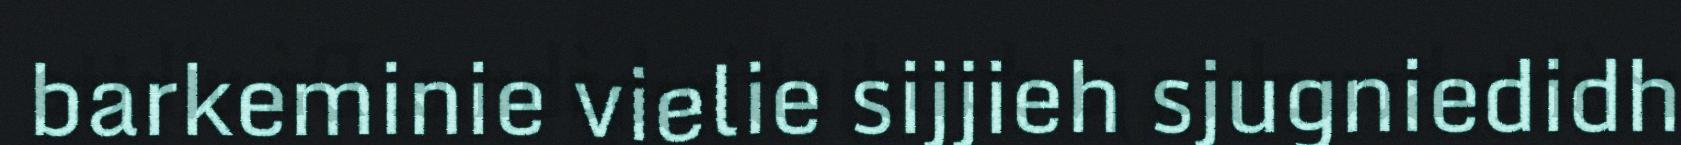
barkeminie vielie sijjieh sjugniedidh